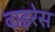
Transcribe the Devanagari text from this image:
वाइरेस